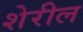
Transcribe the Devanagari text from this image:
शेरील